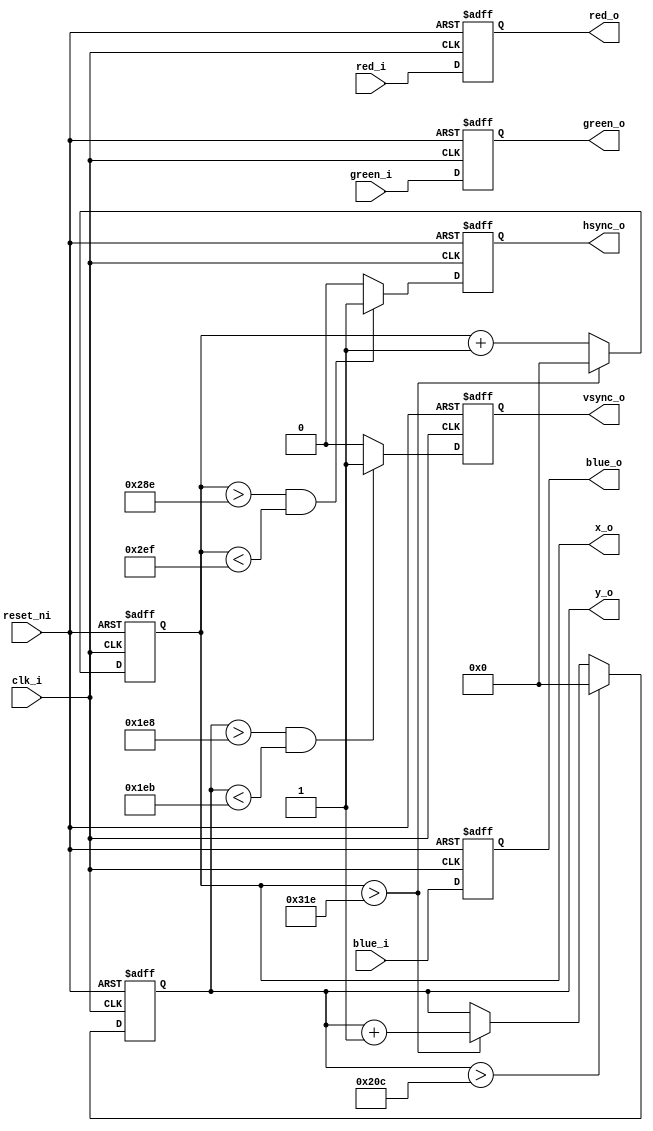
/**
* @file vga.v
* @brief Generates 3x4-bit RGB, HSYNC and VSYNC signals for VGA interface
* @note supported modes: 640x480@60Hz
*
*/

module vga (
	input clk_i, /** used as pixel clock, 25.175 MHz */
	input reset_ni,

	/* RGB input */
	input [3:0] red_i,
	input [3:0] green_i,
	input [3:0] blue_i,

	/* Pixel coordinate output for sync */
	output [9:0] x_o,
	output [9:0] y_o,

	/* To VGA monitor */
	output [3:0] red_o,
	output [3:0] green_o,
	output [3:0] blue_o,
	output hsync_o,
	output vsync_o
);

/* Timing in pixel counts */
localparam visible_area_h = 'd640;
localparam front_porch_h = 'd16;
localparam sync_pulse_h = 'd96;
localparam back_porch_h = 'd48;
localparam whole_line = 'd800; /* sum of above */

localparam visible_area_v = 'd480;
localparam front_porch_v = 'd10;
localparam sync_pulse_v = 'd2;
localparam back_porch_v = 'd33;
localparam whole_frame = 'd525; /* sum of above */


reg[9:0] horizontal_counter_d; /** counts individual pixels */
reg[9:0] horizontal_counter_q; 
reg[9:0] vertical_counter_d; /** counts horizontal lines */
reg[9:0] vertical_counter_q;

/* Buffered output signals */
reg [3:0] red_q;
reg [3:0] green_q;
reg [3:0] blue_q;
reg [3:0] hsync_d;
reg [3:0] hsync_q;
reg [3:0] vsync_d;
reg [3:0] vsync_q;

/* Synched by pixel clock, 25.175 MHz */
always @ (posedge clk_i, negedge reset_ni) begin
	
	/**
	* After a reset, the counters start at 
	* the end of the visible area, e.g. just 
	* before the last horizontal sync pulse 
	* before the vertical blank time starts.
  * This is supposed to make synchronization 
	* with a monitor on startup easier, although it 
	* is unclear how fast a typical 
	* monitor is able to achieve synchronization
	* with a new device. It is also not at all
	* critical for this application, because
	* the screen refreshes with a rate of 60 Hz anyway.
	*
	*/
	if (!reset_ni) begin	
		/* Set all output lines asynchronously */
		red_q <= 'b0;
		green_q <= 'b0;
		blue_q <= 'b0;
		
		hsync_q <= 'b0;
		vsync_q <= 'b0;
		
		/* Reset counters */
		horizontal_counter_q <= visible_area_h;
		vertical_counter_q <= visible_area_v;
	end else begin 
		
		/* Separate synchronization */
		red_q <= red_i;
		green_q <= green_i;
		blue_q <= blue_i;
		hsync_q <= hsync_d;
		vsync_q <= vsync_d;

		horizontal_counter_q <= horizontal_counter_d;
		vertical_counter_q <= vertical_counter_d;
	end
end 

/* Combinatorics */
always @ (*) begin

	/* Increment pixel count */
	horizontal_counter_d = horizontal_counter_q + 1;
	vertical_counter_d = vertical_counter_q;

	/* Increment line count */
	if (horizontal_counter_q > whole_line - 2) begin
		horizontal_counter_d = 'b0;
		vertical_counter_d = vertical_counter_q + 1;
	end

	/* Generate horizontal sync pulse */
	if (horizontal_counter_q > visible_area_h + front_porch_h - 2 
		&& horizontal_counter_q < visible_area_h + front_porch_h + sync_pulse_h - 1) begin
		hsync_d = 'b1;
	end else begin
		hsync_d = 'b0;
	end

	/* Generate vertical sync pulse */
	if (vertical_counter_q > visible_area_v + front_porch_v - 2
		&& vertical_counter_q < visible_area_v + front_porch_v + sync_pulse_v - 1) begin
		vsync_d = 'b1;
	end else begin
		vsync_d = 'b0;
	end

	/* Reset line count after a complete frame */
	if (vertical_counter_q > whole_frame - 1) begin
		vertical_counter_d = 'b0;
	end
end

/* Register to wire assertion */
assign hsync_o = hsync_q;
assign vsync_o = vsync_q;
assign red_o = red_q;
assign green_o = green_q;
assign blue_o = blue_q;
assign x_o = horizontal_counter_q;
assign y_o = vertical_counter_q;

endmodule